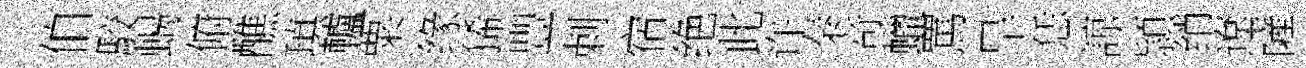
伯駮蝎俯醮瑱轤粟缘狶豐剌宿绝此许秦竒蠟罵旱恁諒頴绡遼薩